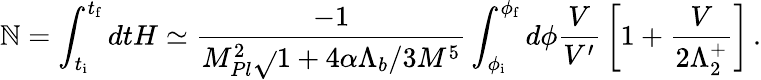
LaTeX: \mathbb{N}=\int_{t_{\mathrm{{i}}}}^{t_{\mathrm{{f}}}}dtH\simeq\frac{{-1}}{{M_{Pl}^{2}\sqrt{}{{1+4\alpha\Lambda_{b}/3M^{5}}}}}\int_{\phi_{\mathrm{{i}}}}^{\phi_{\mathrm{{f}}}}d\phi{\frac{{V}}{{V^{\prime}}}}\left[1+{\frac{{V}}{{2\Lambda_{2}^{+}}}}\right]\, .